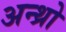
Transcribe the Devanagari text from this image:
अन्थ्रो